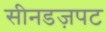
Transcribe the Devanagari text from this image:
सीनडज़पट